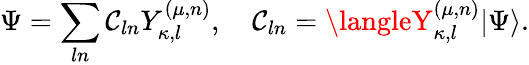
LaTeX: \Psi=\sum_{ln}\mathcal{C}_{ln}Y_{\kappa,l}^{(\mu,n)},\quad\mathcal{C}_{ln}=\langleY_{\kappa,l}^{(\mu,n)}|\Psi\rangle.